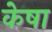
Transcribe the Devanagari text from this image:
केषा